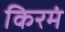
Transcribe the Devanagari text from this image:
किरमं